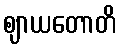
ဈာယတောတိ